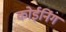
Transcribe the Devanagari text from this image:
कोईनिंग